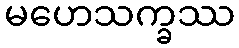
မဟေသက္ခဿ